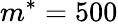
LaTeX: m^{*}=500